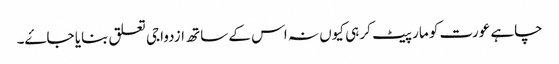
چاہے عورت کو مار پیٹ کر ہی کیوں نہ اس کے ساتھ ازدواجی تعلق بنایا جاۓ۔